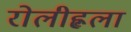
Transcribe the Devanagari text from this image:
रोलीह्लला